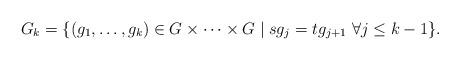
LaTeX: \begin{align*} G_k=\{(g_1,\dotsc,g_k)\in G\times\dotsb\times G\mathrel|sg_j=tg_{j+1}\;\forall j\leq k-1\}.\end{align*}